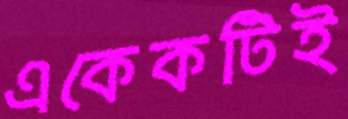
একেকটিই